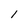
Character: l